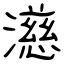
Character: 濨